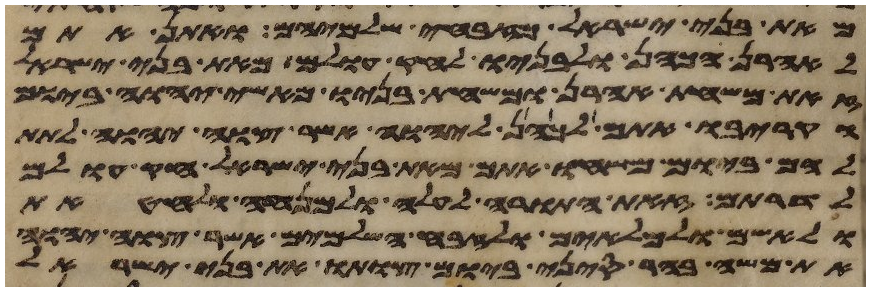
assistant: מאת בני ישראל מזבחי שלמיהם ואתן אתם
לאהרן הכהן ולבניו לחק עולם מאת בני ישראל
זאת משחת אהרן ומשחת בניו מאשי יהוה ביום
הקריבו אתם לכהן ליהוה אשר צוה יהוה לתת
להם ביום משחו אתם מאת בני ישראל חק עולם
לדרותם זאת התורה לעלה ולמנחה ולחטאת
ולאשם ולמלאים ולזבח השלמים אשר צוה יהוה
את משה בהר סיני ביום צותו את בני ישראל